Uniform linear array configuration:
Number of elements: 64
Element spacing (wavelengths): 0.25
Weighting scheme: kaiser
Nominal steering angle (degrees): -45
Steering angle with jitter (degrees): -45.821
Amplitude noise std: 0.05
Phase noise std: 0.05

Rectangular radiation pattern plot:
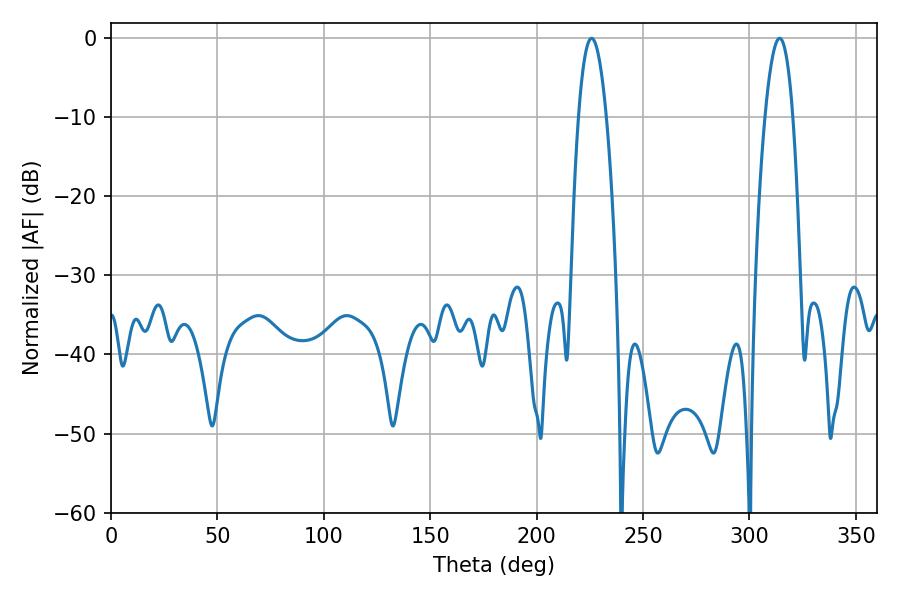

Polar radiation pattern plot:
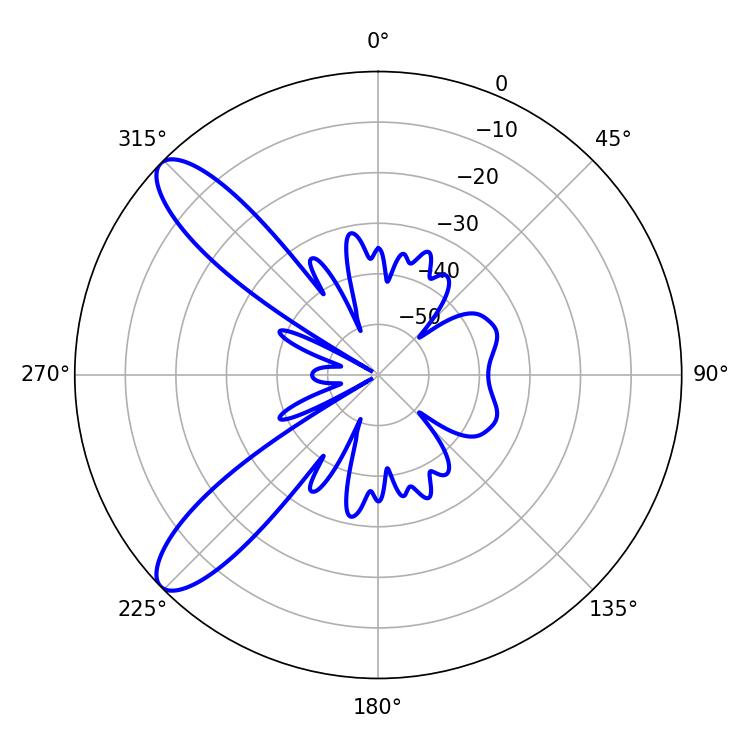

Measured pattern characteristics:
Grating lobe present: FALSE
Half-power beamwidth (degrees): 7.2
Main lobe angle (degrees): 225.9